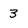
Character: 3